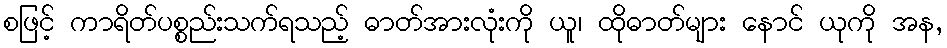
စဖြင့် ကာရိတ်ပစ္စည်းသက်ရသည့် ဓာတ်အားလုံးကို ယူ၊ ထိုဓာတ်များ နောင် ယုကို အန,